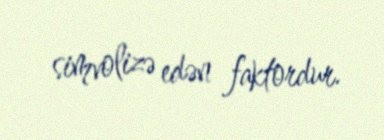
simvolizə edən faktordur.